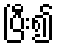
ပြီး၍